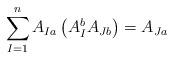
LaTeX: \begin{align*}\sum_{I=1}^{n}A_{Ia}\left(A^{b}_{I} A_{Jb}\right) = A_{Ja}\end{align*}